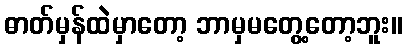
ဓာတ်မှန်ထဲမှာတော့ ဘာမှမတွေ့တော့ဘူး။